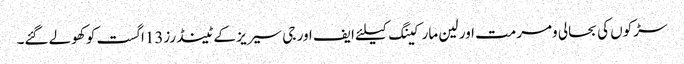
سڑکوں کی بحالی ومرمت اور لین مارکینگ کیلئے ایف اور جی سیریز کے ٹینڈرز13اگست کو کھولے گئے۔